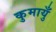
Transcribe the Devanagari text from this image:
कुमायुँ